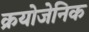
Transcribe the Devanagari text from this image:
क्रयोजेनिक